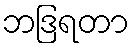
ဘဒြရတာ